Vaccination United Provinces of Agra and Oudh 1923-1928 - 1923-1928
Year: 1923
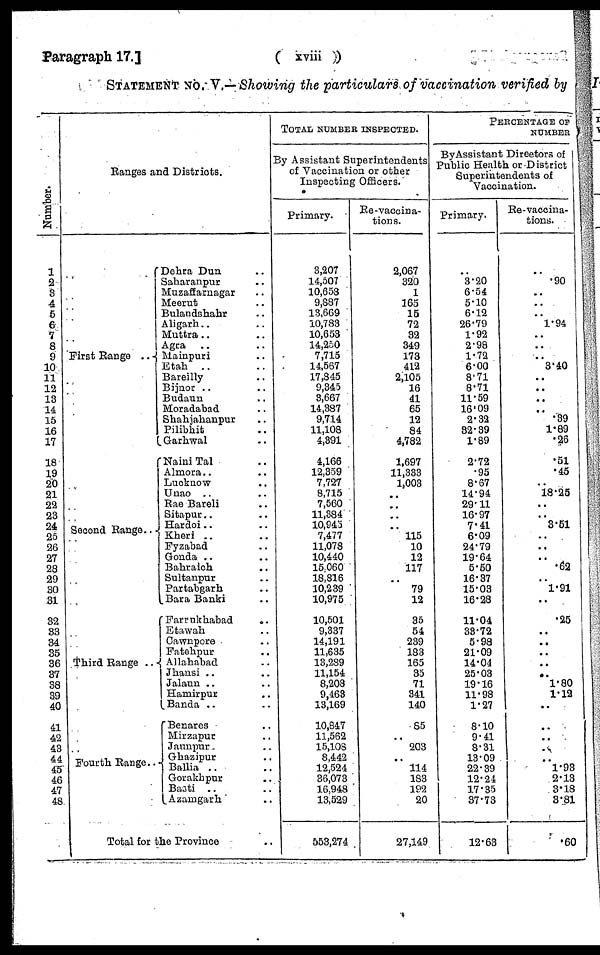
Paragraph 17.]
( xviii )
STATEMENT No. V.—Showing the particulars of vaccination verified by
Number.
1
2
3
4
5
6
7
8
9
10
11
12
13
14
15
16
17
18
19
20
21
22
23
24
25
26
27
28
29
30
31
32
33
34
35
36
37
38
39
40
41
42
43
44
45
46
47
48
Ranges and Districts.
First Range
..
Second Range ..
Third Range ..
Fourth Range..
Dehra Dun ..
Saharanpur ..
Muzaffarnagar ..
Meerut ..
Bulandshahr ..
Aligarh.. ..
Muttra .. ..
Agra .. ..
Mainpuri ..
Etah .. ..
Bareilly ..
Bijnor .. ..
Budaun .. ..
Moradabad ..
Shahjahanpur ..
Pilibhit ..
Garhwal ..
Naini Tal .. ..
Almora.. ..
Lucknow ..
Unao .. ..
Rae Bareli ..
Sitapur.. ..
Hardoi .. ..
Kheri .. ..
Fyzabad .. ..
Gonda .. ..
Bahraich .. ..
Sultanpur .. ..
Partabgarh ..
Bara Banki ..
Farrukhabad
..
Etawah ..
Cawnpore ..
Fatehpur ..
Allahabad ..
Jhansi .. ..
Jalaun .. ..
Hamirpur ..
Banda .. ..
Benares .. ..
Mirzapur ..
Jaunpur .. ..
Ghazipur ..
Ballia .. ..
Gorakhpur ..
Basti .. ..
Azamgarh ..
Total for the Province ..
TOTAL NUMBER INSPECTED.
By Assistant Superintendents
of Vaccination or other
Inspecting Officers.
Primary.
3,207
14,507
10,658
9,887
13,669
10,783
10,653
14,250
7,715
14,567
17,845
9,345
3,667
14,387
9,714
11,108
4,391
4,166
12,359
7,727
8,715
7,560
11,384
10,945
7,477
11,078
10,440
15,060
18,816
10,239
10,975
10,501
9,337
14,191
11,635
13,289
11,154
8,208
9,463
13,169
10,847
11,562
15,108
8,442
12,524
36,073
16,948
13,529
553,274
Re-vaccina-
tions.
2,067
320
1
165
15
72
32
349
173
412
2,105
16
41
65
12
84
4,782
1,697
11,333
1,003
..
..
..
.. 115
10
12
117
..
79
12
35
54
239
183
165
35
71
341
140
85
..
203
.. 114
183
192
20
27,149
PERCENTAGE OF
NUMBER
By Assistant Directors of
Public Health or District
Superintendents of
Vaccination.
Primary.
..
3.20
6.54
5.10
6.12
26.79
1.92
2.98
1.72
6.00
8.71
8.71
11.59
16.09
2.32
32.39
1.89
2.72
.95
8.67
14.94
29.11
16.97
7.41
6.09
24.79
19.64
5.50
16.37
15.03
16.28
11.04
33.72
5.98
21.09
14.04
25.03
19.16
11.98
1.27
8.10
9.41
8.31
13.09
22.39
12.21
17.35
37.73
12.63
Re-vaccina-
tions.
..
.90
..
..
..
1.94
..
..
..
3.40
..
..
..
..
.39
1.89
.26
.51
.45
..
18.25
..
..
3.51
..
..
..
.62
..
1.91
..
.25
..
..
..
..
..
1.80
1.12
..
..
..
..
.. 1.93
2.13
3.18
3.81
.60